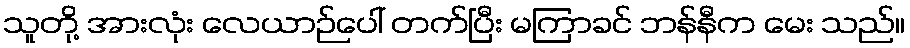
သူတို့ အားလုံး လေယာဉ်ပေါ် တက်ပြီး မကြာခင် ဘန်နီက မေး သည်။